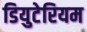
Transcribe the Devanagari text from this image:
डियुटेरियम